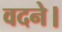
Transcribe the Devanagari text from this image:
वदने।